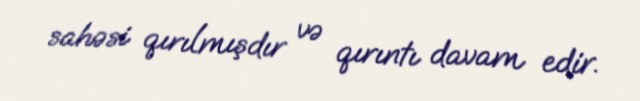
sahəsi qırılmışdır və qırıntı davam edir.